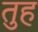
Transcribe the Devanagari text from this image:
तुह